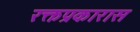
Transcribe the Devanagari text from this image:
रक्तप्रकारास